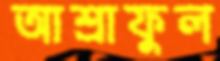
আশ্রাফুল